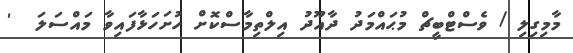
މާމިގިލި / ވެސްޓްބީޗް މުޙައްމަދު ދާއޫދު އިލްތިމާސްކޮށް ހުށަހަޅާފައިވާ މައްސަލަ  '